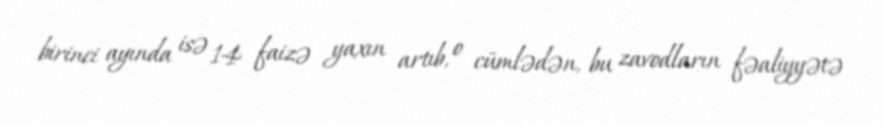
birinci ayında isə 14 faizə yaxın artıb, o cümlədən, bu zavodların fəaliyyətə